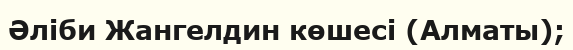
Әліби Жангелдин көшесі (Алматы);